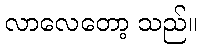
လာလေတော့ သည်။